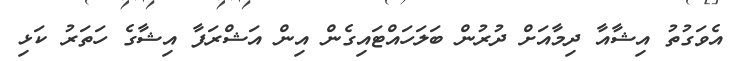
އެވަގުތު އިޝާއާ ދިމާއަށް ދުރުން ބަލަހައްޓައިގެން އިން އަޝްރަފާ އިޝާގެ ހަތަރު ކަޅި